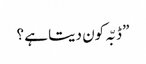
” ڈبّہ کون دیتا ہے ؟